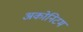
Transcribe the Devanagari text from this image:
अकोनिटम